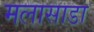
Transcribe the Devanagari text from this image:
मलासाडा